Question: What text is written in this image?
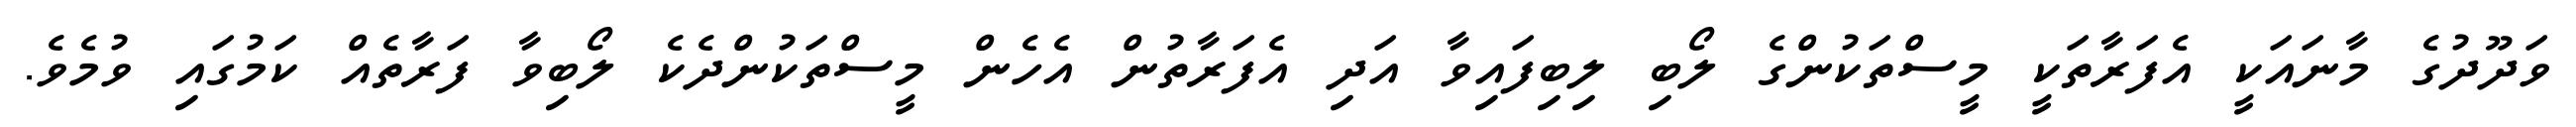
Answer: ވަދޫދުގެ މާނައަކީ އެފަރާތަކީ މީސްތަކުންގެ ލޯބި ލިބިފައިވާ އަދި އެފަރާތުން އެހެން މީސްތަކުންދެކެ ލޯބިވާ ފަރާތެއް ކަމުގައި ވުމެވެ.